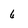
Character: 6